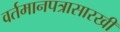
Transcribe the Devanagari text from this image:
वर्तमानपत्रासारखी